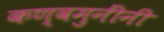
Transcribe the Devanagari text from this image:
कण्वमुनींनी